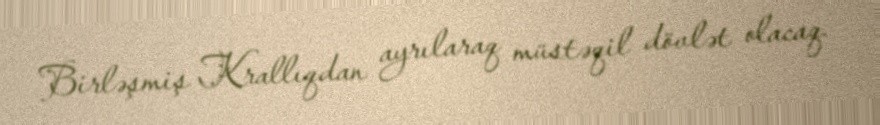
Birləşmiş Krallıqdan ayrılaraq müstəqil dövlət olacaq.